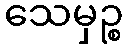
သေမှဉ္စ